Lunatic asylums Central Provinces reports 1895-1909 - 1895-1909
Year: 1895
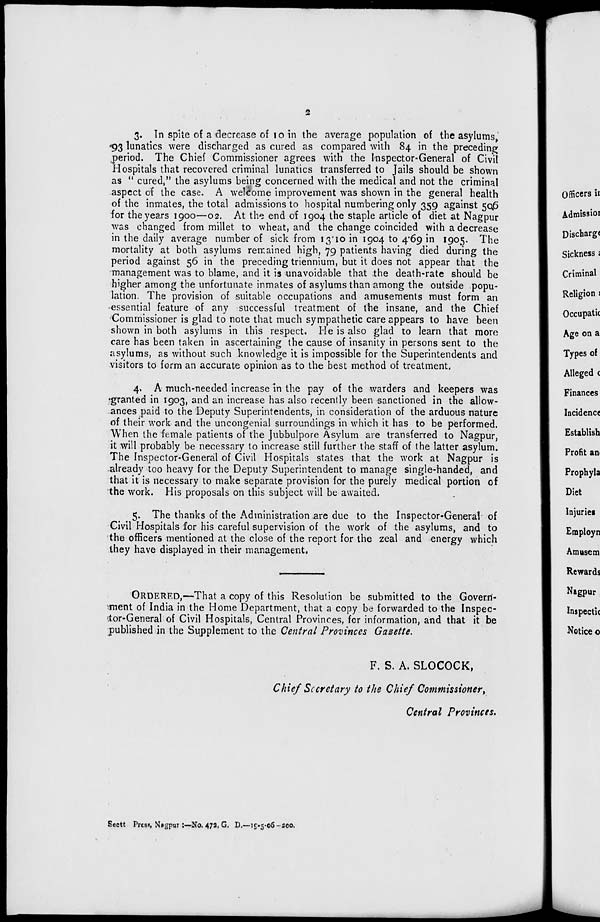
2
3. In spite of a decrease of 10 in the average population of the asylums,
93 lunatics were discharged as cured as compared with 84 in the preceding
period. The Chief Commissioner agrees with the Inspector-General of Civil
Hospitals that recovered criminal lunatics transferred to Jails should be shown
as "cured," the asylums being concerned with the medical and not the criminal
aspect of the case. A welcome improvement was shown in the general health
of the inmates, the total admissions to hospital numbering only 359 against 506
for the years 1900—02. At the end of 1904 the staple article of diet at Nagpur
was changed from millet to wheat, and the change coincided with a decrease
in the daily average number of sick from 13.10 in 1904 to 4.69 in 1905. The
mortality at both asylums remained high, 79 patients having died during the
period against 56 in the preceding triennium, but it does not appear that the
management was to blame, and it is unavoidable that the death-rate should be
higher among the unfortunate inmates of asylums than among the outside popu-
lation. The provision of suitable occupations and amusements must form an
essential feature of any successful treatment of the insane, and the Chief
Commissioner is glad to note that much sympathetic care appears to have been
shown in both asylums in this respect. He is also glad to learn that more
care has been taken in ascertaining the cause of insanity in persons sent to the
asylums, as without such knowledge it is impossible for the Superintendents and
visitors to form an accurate opinion as to the best method of treatment.
4. A much-needed increase in the pay of the warders and keepers was
granted in 1903, and an increase has also recently been sanctioned in the allow-
ances paid to the Deputy Superintendents, in consideration of the arduous nature
of their work and the uncongenial surroundings in which it has to be performed.
When the female patients of the Jubbulpore Asylum are transferred to Nagpur,
it will probably be necessary to increase still further the staff of the latter asylum.
The Inspector-General of Civil Hospitals states that the work at Nagpur is
already too heavy for the Deputy Superintendent to manage single-handed, and
that it is necessary to make separate provision for the purely medical portion of
the work. His proposals on this subject will be awaited.
5. The thanks of the Administration are due to the Inspector-General of
Civil Hospitals for his careful supervision of the work of the asylums, and to
the officers mentioned at the close of the report for the zeal and energy which
they have displayed in their management.
ORDERED,—That a copy of this Resolution be submitted to the Govern-
ment of India in the Home Department, that a copy be forwarded to the Inspec-
tor-General of Civil Hospitals, Central Provinces, for information, and that it be
published in the Supplement to the Central Provinces Gazette.
F. S. A. SLOCOCK,
Chief Secretary to the Chief Commissioner,
Central Provinces.
Sectt Press Nagpur:—No. 472, G. D.—19-5-06 —200.